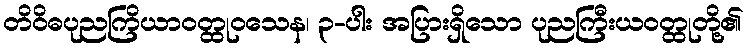
တိဝိဓပုညကြိယာဝတ္ထုဝသေန၊ ၃-ပါး အပြားရှိသော ပုညကြီးယဝတ္ထုတို့၏